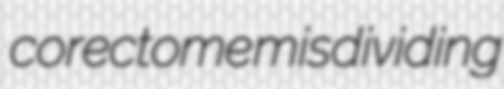
corectome misdividing